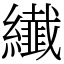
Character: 纎